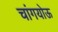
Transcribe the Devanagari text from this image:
चांगयोऊ